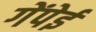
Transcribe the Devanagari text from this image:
गेंपेई